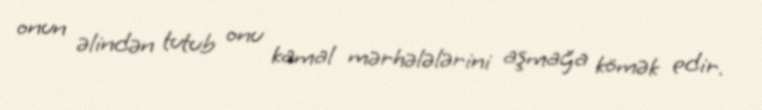
onun əlindən tutub onu kamal mərhələlərini aşmağa kömək edir.